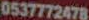
0537772478